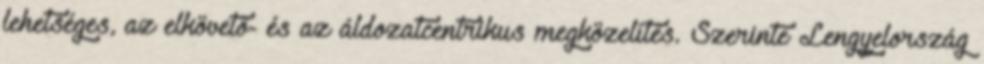
lehetséges, az elkövető- és az áldozatcentrikus megközelítés. Szerinte Lengyelország